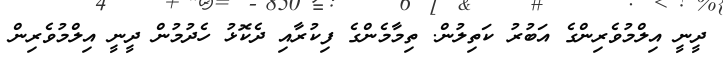
ދީނީ އިލްމުވެރިންގެ އަބުރު ކަތިލުން. ތިމާމެންގެ ފިކުރާއި ދެކޮޅު ހެދުމުން ދީނީ އިލްމުވެރިން